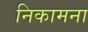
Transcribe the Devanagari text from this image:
निकामना